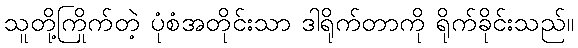
သူတို့ကြိုက်တဲ့ ပုံစံအတိုင်းသာ ဒါရိုက်တာကို ရိုက်ခိုင်းသည်။